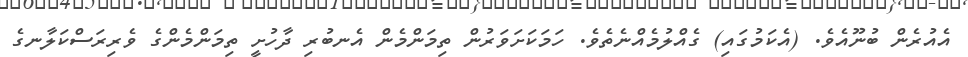
އެއުރެން ބުނޫއެވެ. (އެކަމުގައި) ގެއްލުމެއްނެތެވެ. ހަމަކަށަވަރުން ތިމަންމެން އެނބުރި ދާހުށީ ތިމަންމެންގެ ވެރިރަސްކަލާނގެ